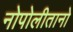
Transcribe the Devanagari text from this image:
नोपोलीतानो